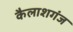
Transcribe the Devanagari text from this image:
कैलाशगंज